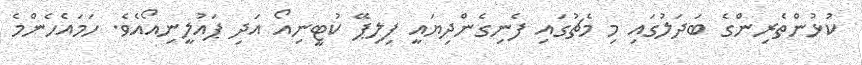
ކުޅުންތެރިންގެ ބަދަލުގައި މި މެޗުގައި ފެނިގެންދިޔައީ ފިލިޕޭ ކުޓީނިއޯ އަދި ޕައުލީނިއޯއެވެ. ހަމައެހެންމެ